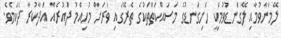
ލޭމަނާވުމާއި ލޭގަނޑުވުމަކީ ހަށިގަނޑުގެ މަސައްކަތްތަކުގެ ތެރޭގައި ވަރަށް މުހިއްމު ދައުރެއް އަދާކުރާ ދެކަމެވެ.